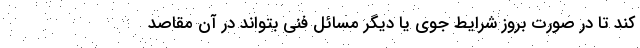
کند تا در صورت بروز شرایط جوی یا دیگر مسائل فنی بتواند در آن مقاصد